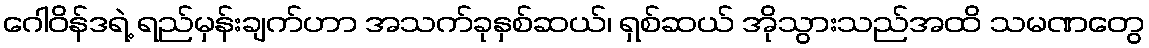
ဂေါဝိန်ဒရဲ့ ရည်မှန်းချက်ဟာ အသက်ခုနှစ်ဆယ်၊ ရှစ်ဆယ် အိုသွားသည်အထိ သမဏတွေ